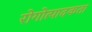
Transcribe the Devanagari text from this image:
रोगोत्पादकता